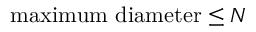
\mathrm { m a x i m u m ~ d i a m e t e r } \leq N